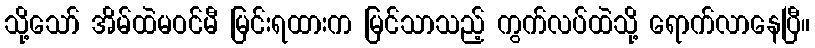
သို့သော် အိမ်ထဲမဝင်မီ မြင်းရထားက မြင်သာသည့် ကွက်လပ်ထဲသို့ ရောက်လာနေပြီ။